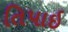
તિપાઇ